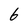
Character: 6